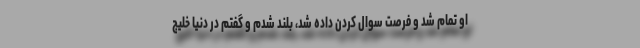
او تمام شد و فرصت سوال کردن داده شد، بلند شدم و گفتم در دنیا خلیج